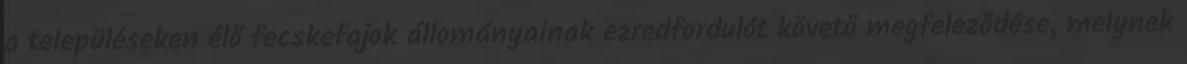
a településeken élő fecskefajok állományainak ezredfordulót követő megfeleződése, melynek